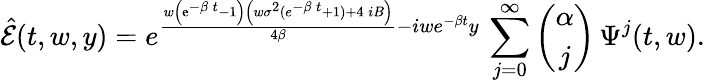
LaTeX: \hat{\mathcal E}(t,w,y)={{e}^{{\frac{w\left({\mathrm{e}^{-\beta\, t}}-1\right)\left(w{\sigma}^{2}({{e}^{-\beta\, t}}+1)+4\, iB\right)}{4\beta}}-iwe^{-\beta t}y}}\, \sum_{j=0}^{\infty}\left(\begin{array}{c}{\alpha}\\ {j}\end{array}\right)\, \Psi^{j}(t,w).